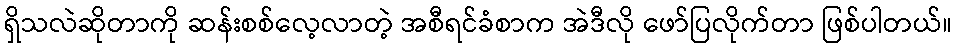
ရှိသလဲဆိုတာကို ဆန်းစစ်လေ့လာတဲ့ အစီရင်ခံစာက အဲဒီလို ဖော်ပြလိုက်တာ ဖြစ်ပါတယ်။